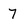
Character: 7